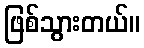
ဖြစ်သွားတယ်။